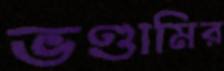
ভণ্ডামির